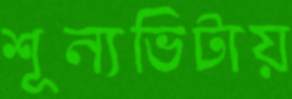
শূন্যভিটায়